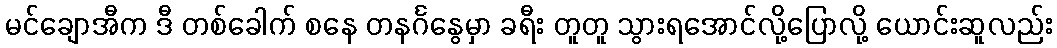
မင်ချောအီက ဒီ တစ်ခေါက် စနေ တနင်္ဂနွေမှာ ခရီး တူတူ သွားရအောင်လို့ပြောလို့ ယောင်းဆူလည်း